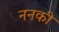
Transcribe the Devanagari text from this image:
ननकी